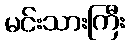
မင်းသားကြီး